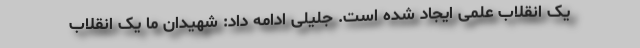
یک انقلاب علمی ایجاد شده است. جلیلی ادامه داد: شهیدان ما یک انقلاب